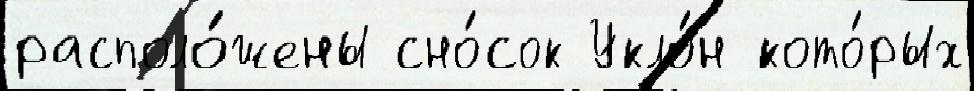
располо́жены сно́сок Укло́н кото́рых